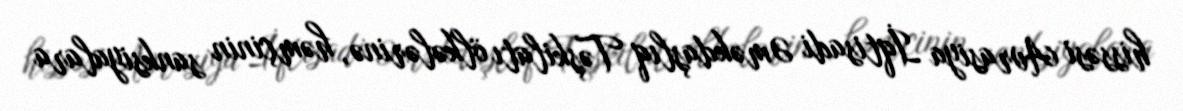
hissəsi Avrasiya İqtisadi Əməkdaşlıq Təşkilatı ölkələrinə, həmçinin sanksiyalara